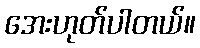
အေးဟုတ်ပါတယ်။